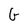
Character: G